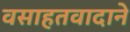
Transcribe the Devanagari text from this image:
वसाहतवादाने